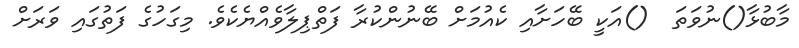
މާބުޅާ()ނުވަތަ  ()އަކީ ބޭހަށާއި ކެއުމަށް ބޭނުންކުރާ ފަތްޕިލާވެއްޔެކެވެ. މިގަހުގެ ފަތުގައި ވަރަށް